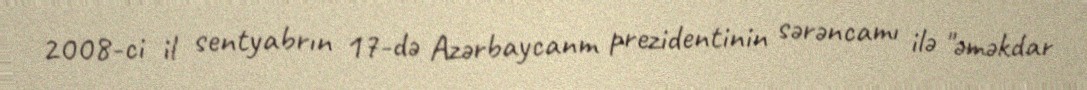
2008-ci il sentyabrın 17-də Azərbaycanm prezidentinin sərəncamı ilə "əməkdar